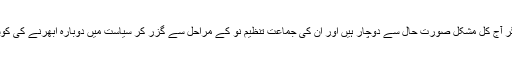
تین بار وزیراعظم رہنے والے نوازشریف اگر آج کل مشکل صورت حال سے دوچار ہیں اور ان کی جماعت تنظیم نو کے مراحل سے گزر کر سیاست میں دوبارہ ابھرنے کی کوشش کر رہی ہے تو اس میں کیا خرابی ہے؟